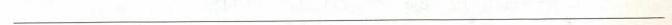
___